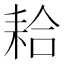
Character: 耠